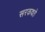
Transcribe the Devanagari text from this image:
सरकवते